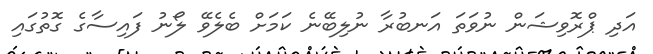
އަދި ޕްރޮވިޝަން ނުވަތަ އަނބުރާ ނުލިބޭނެ ކަމަށް ބެލެވޭ ލޯނު ފައިސާގެ ގޮތުގައި